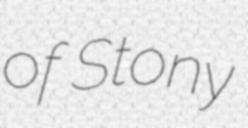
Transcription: of Stony